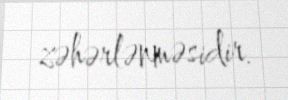
zəhərlənməsidir.